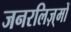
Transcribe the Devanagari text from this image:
जनरलिज़्मों